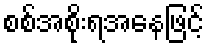
စစ်အစိုးရအနေဖြင့်